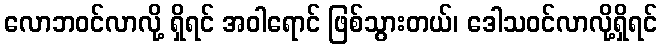
လောဘဝင်လာလို့ ရှိရင် အဝါရောင် ဖြစ်သွားတယ်၊ ဒေါသဝင်လာလို့ရှိရင်